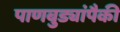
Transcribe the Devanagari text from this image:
पाणबुड्यांपैकी